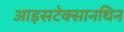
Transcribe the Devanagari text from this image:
आइसटेक्सानथिन